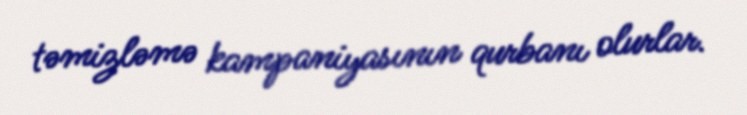
təmizləmə kampaniyasının qurbanı olurlar.